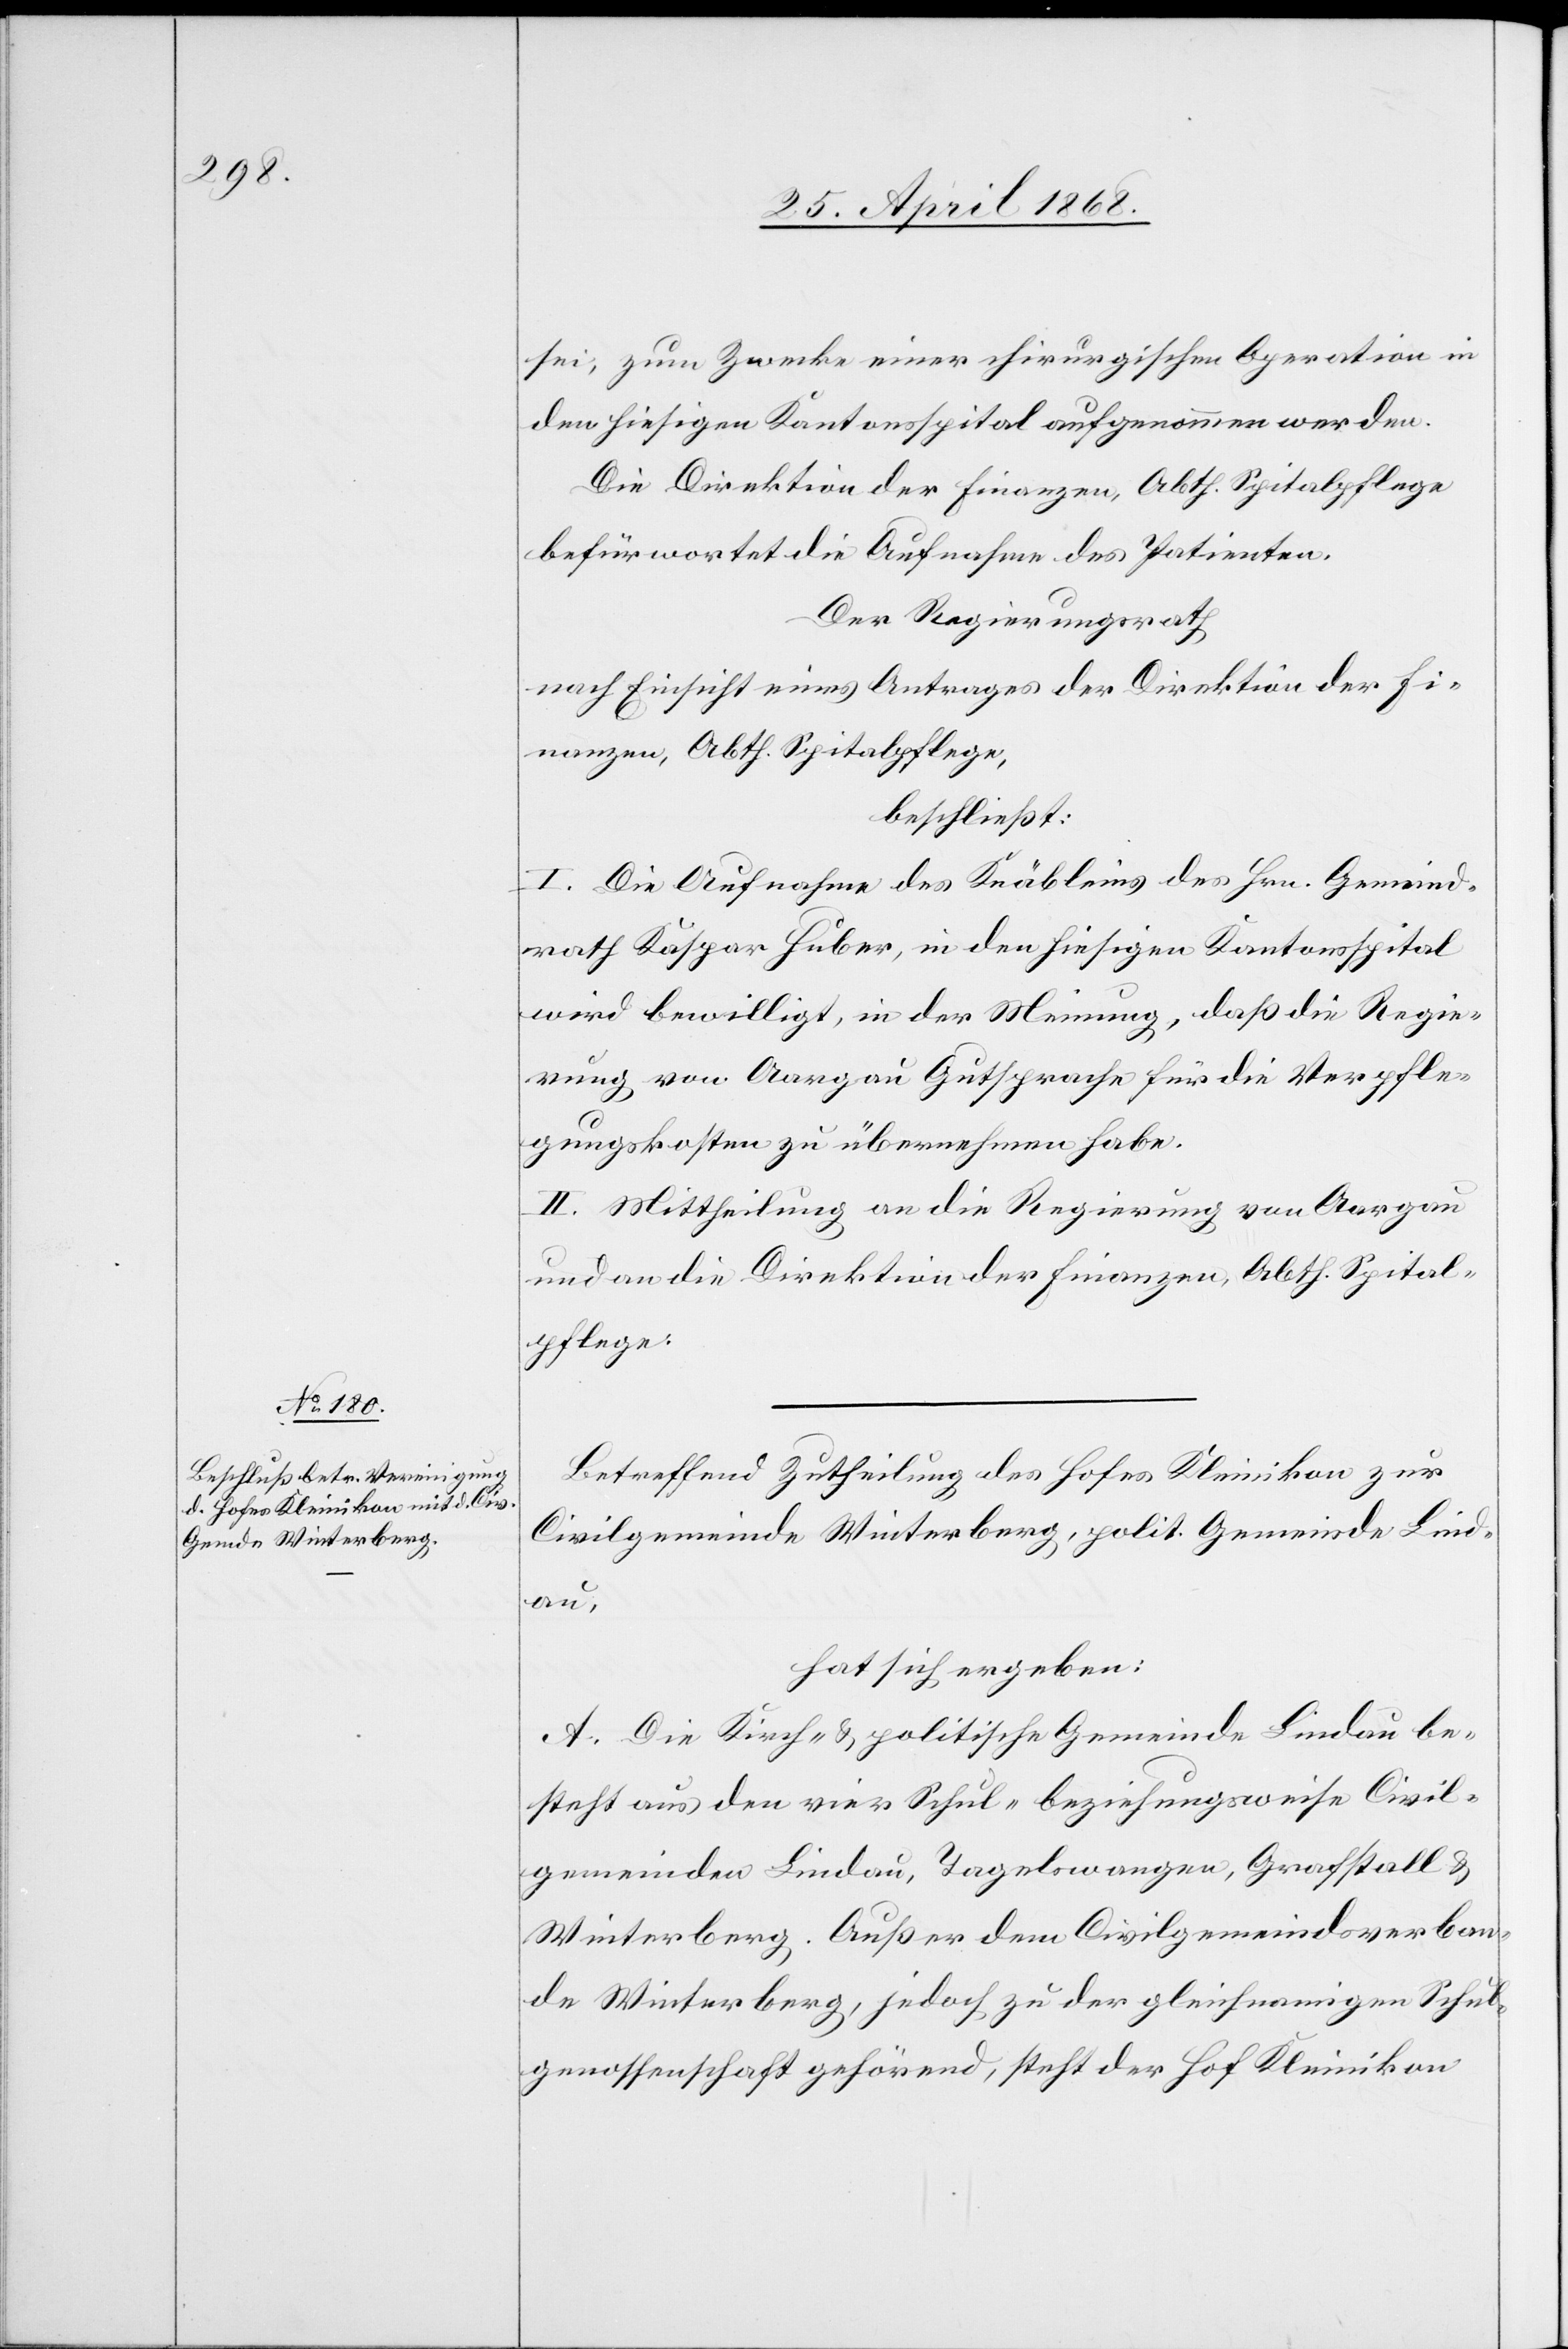
sei, zum Zwecke einer chirurgischen Operation in
den hiesigen Kantonsspital aufgenommen werden.
Die Direktion der Finanzen, Abth. Spitalpflege
befürwortet die Aufnahme des Patienten.
Der Regierungsrath
nach Einsicht eines Antrages der Direktion der Fi¬
nanzen, Abth. Spitalpflege,
beschließt:
I. Die Aufnahme des Knäbleins des Hrn. Gemeind¬
rath Kaspar Huber, in den hiesigen Kantonsspital
wird bewilligt, in der Meinung, daß die Regie¬
rung von Aargau Gutsprache für die Verpfle¬
gungskosten zu übernehmen habe.
II. Mittheilung an die Regierung von Aargau
und an die Direktion der Finanzen, Abth. Spital¬
pflege.
Betreffend Zutheilung des Hofes Kleinikon zur
Civilgemeinde Winterberg, polit. Gemeinde Lind¬
au,
hat sich ergeben:
A. Die Kirch- & politische Gemeinde Lindau be¬
steht aus den vier Schul- beziehungsweise Civil¬
gemeinden Lindau, Tagelswangen, Grafstall &
Winterberg. Außer dem Civilgemeindsverban¬
de Winterberg, jedoch zu der gleichnamigen Schul¬
genossenschaft gehörend, steht der Hof Kleinikon